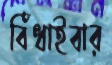
বিঁধাইবার